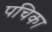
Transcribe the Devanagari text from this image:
पचिका